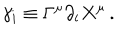
\gamma _ { i } \equiv \Gamma ^ { \mu } \partial _ { i } X ^ { \mu } \, .